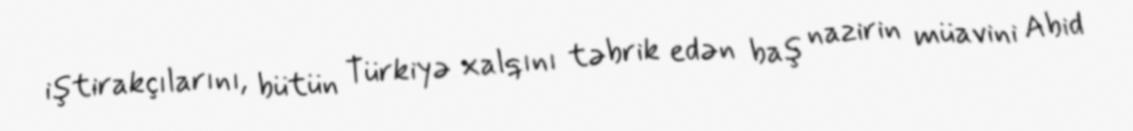
iştirakçılarını, bütün Türkiyə xalqını təbrik edən baş nazirin müavini Abid